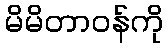
မိမိတာဝန်ကို